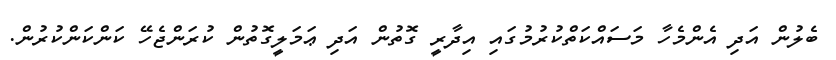
ބެލުން އަދި އެންމެހާ މަސައްކަތްކުރުމުގައި އިދާރީ ގޮތުން އަދި ޢަމަލީގޮތުން ކުރަންޖެހޭ ކަންކަންކުރުން.